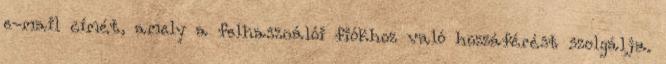
e-mail címét, amely a felhasználói fiókhoz való hozzáférést szolgálja.